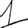
Digit: 1